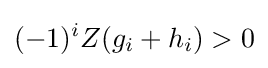
(-1)^{i}Z(g_{i}+h_{i})>0